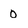
Character: o